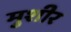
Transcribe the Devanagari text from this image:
मुशीर